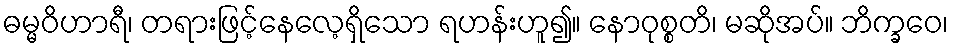
ဓမ္မဝိဟာရီ၊ တရားဖြင့်နေလေ့ရှိသော ရဟန်းဟူ၍။ နောဝုစ္စတိ၊ မဆိုအပ်။ ဘိက္ခဝေ၊